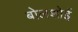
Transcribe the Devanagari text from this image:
बोलशोई